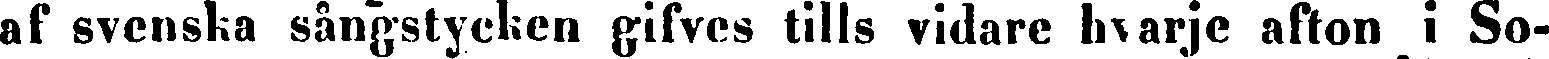
af svenska sångstycken gifves tills vidare hvarje afton i So-